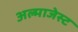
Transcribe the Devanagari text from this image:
अल्माजेस्ट